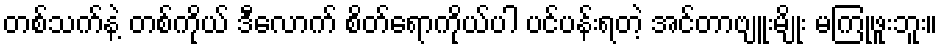
တစ်သက်နဲ့ တစ်ကိုယ် ဒီလောက် စိတ်ရောကိုယ်ပါ ပင်ပန်းရတဲ့ အင်တာဗျူးမျိုး မကြုံဖူးဘူး။